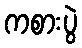
ကစားပွဲ